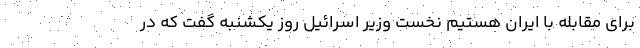
برای مقابله با ایران هستیم نخست وزیر اسرائیل روز یکشنبه گفت که در